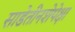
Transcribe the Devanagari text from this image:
साडेतीनशेपेक्षा